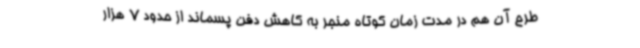
طرح آن هم در مدت زمان کوتاه منجر به کاهش دفن پسماند از حدود 7 هزار